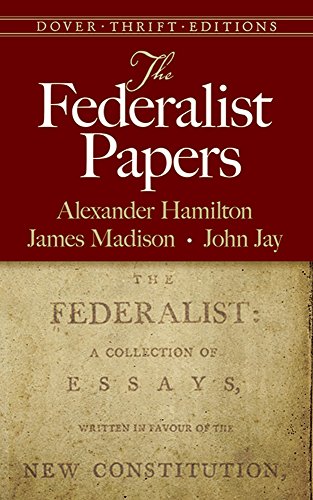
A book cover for The Federalist Papers (Dover Thrift Editions); Alexander Hamilton; History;